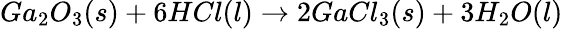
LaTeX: Ga_{2}O_{3}(\textit{s})+6HCl(\textit{l})\to 2GaCl_{3}(\textit{s})+3H_{2}O(\textit{l})